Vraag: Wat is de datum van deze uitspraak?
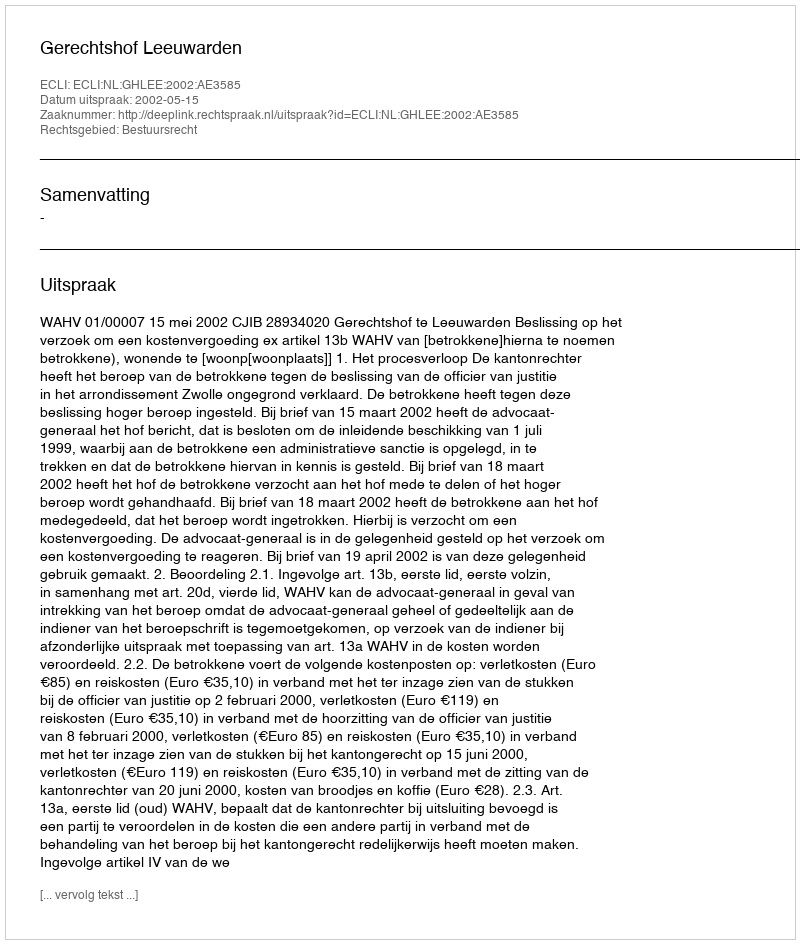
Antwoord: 2002-05-15